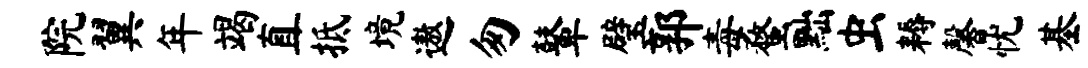
院翼年竭直抵境遨匆鼙璧郭毒蝥黜虫耨馨忧基